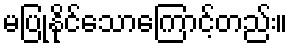
မပြုနိုင်သောကြောင့်တည်း။